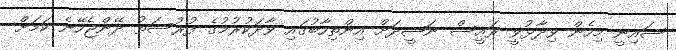
ޝައިނީ މިހެން ވިދާޅުވީ ރައީސް ނަޝީދަށް އިންތިހާބުގައި ވާދަކުރުމުގެ ފުރުސަތު ދޭންޖެހޭނެ ކަމަށް